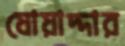
যোয়াদ্দার